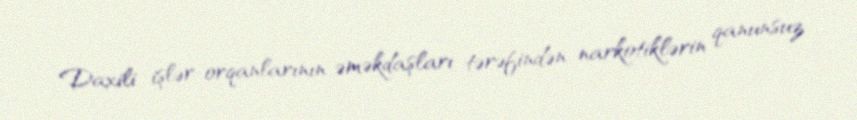
Daxili işlər orqanlarının əməkdaşları tərəfindən narkotiklərin qanunsuz